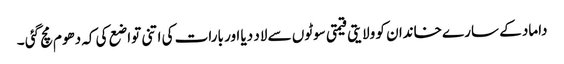
داماد کے سارے خاندان کو ولایتی قیمتی سوٹوں سے لاد دیا اور بارات کی اتنی تواضع کی کہ دھوم مچ گئی ۔